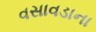
વસાવડાના